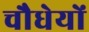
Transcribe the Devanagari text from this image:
चौधेयों